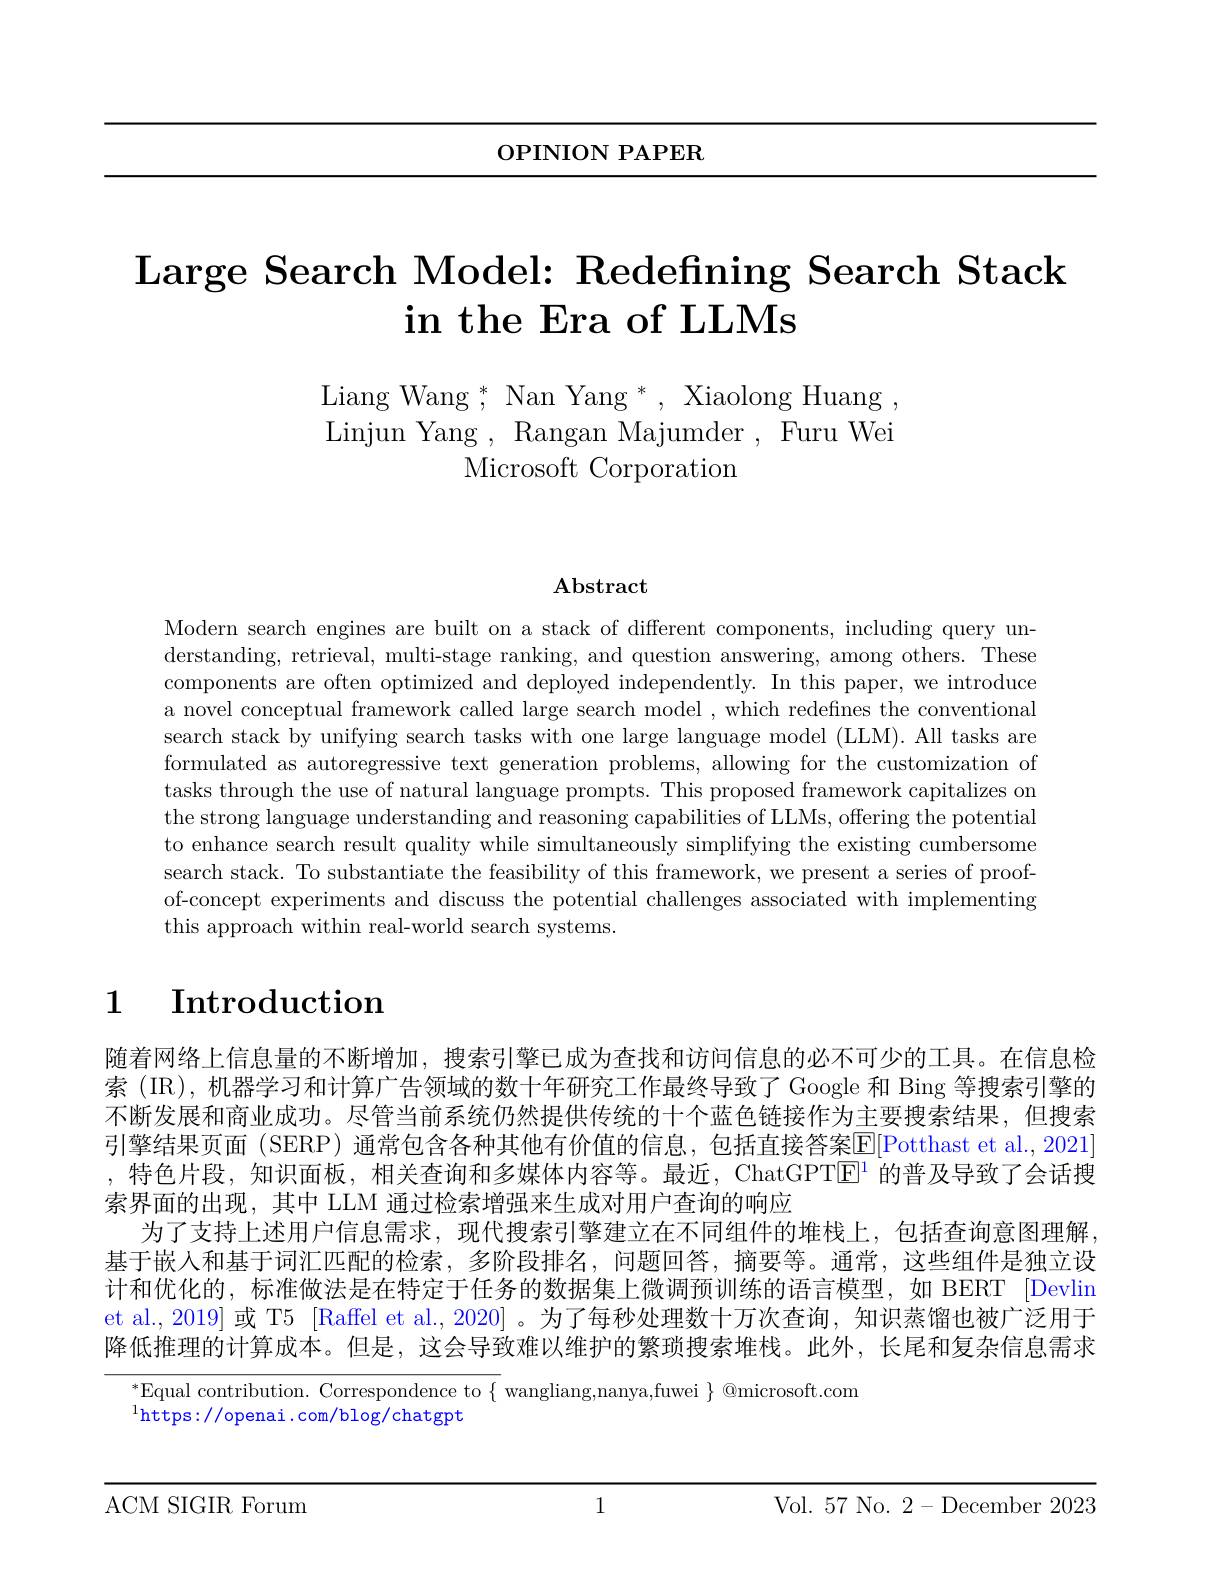
OPINION PAPER

$\textbf{Large Search Model: Redefining Search Stack}$
$\textbf{in the Era of LLMs}$

Liang Wang $^* , \mathrm{~Nan~Yang~}^* $, Xiaolong Huang , Linjun Yang , Rangan Majumder, Furu Wei
Microsoft Corporation

$\mathbf{Abstract}$

Modern search engines are built on a stack of different components, including query understanding, retrieval, multi-stage ranking, and question answering, among others. These components are often optimized and deployed independently. In this paper, we introduce a novel conceptual framework called large search model , which redefines the conventional search stack by unifying search tasks with one large language model (LLM). All tasks are formulated as autoregressive text generation problems, allowing for the customization of tasks through the use of natural language prompts. This proposed framework capitalizes on the strong language understanding and reasoning capabilities of LLMs, offering the potential to enhance search result quality while simultaneously simplifying the existing cumbersome search stack. To substantiate the feasibility of this framework, we present a series of proofof-concept experiments and discuss the potential challenges associated with implementing this approach within real-world search systems.

# 1 $\textbf{Introduction}$

随着网络上信息量的不断增加，搜索引擎已成为查找和访问信息的必不可少的工具。在信息检索 (IR), 机器学习和计算广告领域的数十年研究工作最终导致了 Google 和 Bing 等搜索引擎的不断发展和商业成功。尽管当前系统仍然提供传统的十个蓝色链接作为主要搜索结果，但搜索引擎结果页面 (SERP) 通常包含各种其他有价值的信息，包括直接答案E[Potthast et al., 2021] ,特色片段，知识面板，相关查询和多媒体内容等。最近，ChatGPT$\mathbb{E}^1$的普及导致了会话搜索界面的出现，其中 LLM 通过检索增强来生成对用户查询的响应
为了支持上述用户信息需求，现代搜索引擎建立在不同组件的堆栈上，包括查询意图理解基于嵌入和基于词汇匹配的检索，多阶段排名，问题回答，摘要等。通常，这些组件是独立设计和优化的，标准做法是在特定于任务的数据集上微调预训练的语言模型，如 BERT [Devlin et al., 2019] 或 T5 [Raffel et al., 2020] 。为了每秒处理数十万次查询，知识蒸馏也被广泛用于降低推理的计算成本。但是，这会导致难以维护的繁琐搜索堆栈。此外，长尾和复杂信息需求

$^*$Equal contribution.  Correspondence to $\{$ wangliang, nanya, fuwei $\}$ @ microsoft. com

$^1$https://openai.com/blog/chatgpt

1

ACM SIGIR Forum

Vol. 57 No. 2-December 2023